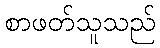
စာဖတ်သူသည်